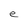
Character: e